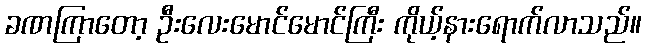
ခဏကြာတော့ ဦးလေးမောင်မောင်ကြီး ကိုယ့်နားရောက်လာသည်။